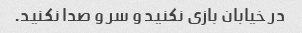
در خیابان بازی نکنید و سر و صدا نکنید.